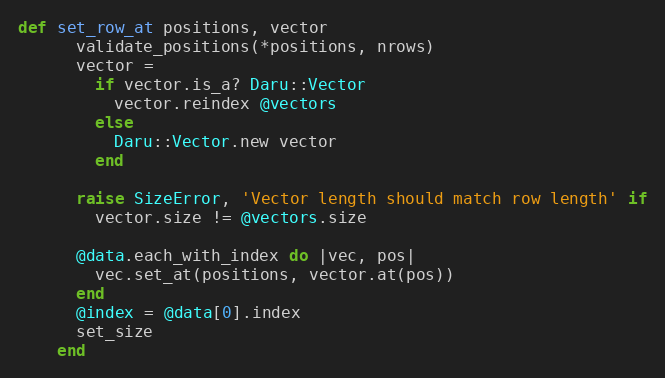
Language: Ruby
def set_row_at positions, vector
      validate_positions(*positions, nrows)
      vector =
        if vector.is_a? Daru::Vector
          vector.reindex @vectors
        else
          Daru::Vector.new vector
        end

      raise SizeError, 'Vector length should match row length' if
        vector.size != @vectors.size

      @data.each_with_index do |vec, pos|
        vec.set_at(positions, vector.at(pos))
      end
      @index = @data[0].index
      set_size
    end